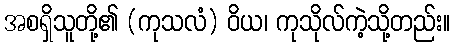
အစရှိသူတို့၏ (ကုသလံ) ဝိယ၊ ကုသိုလ်ကဲ့သို့တည်း။